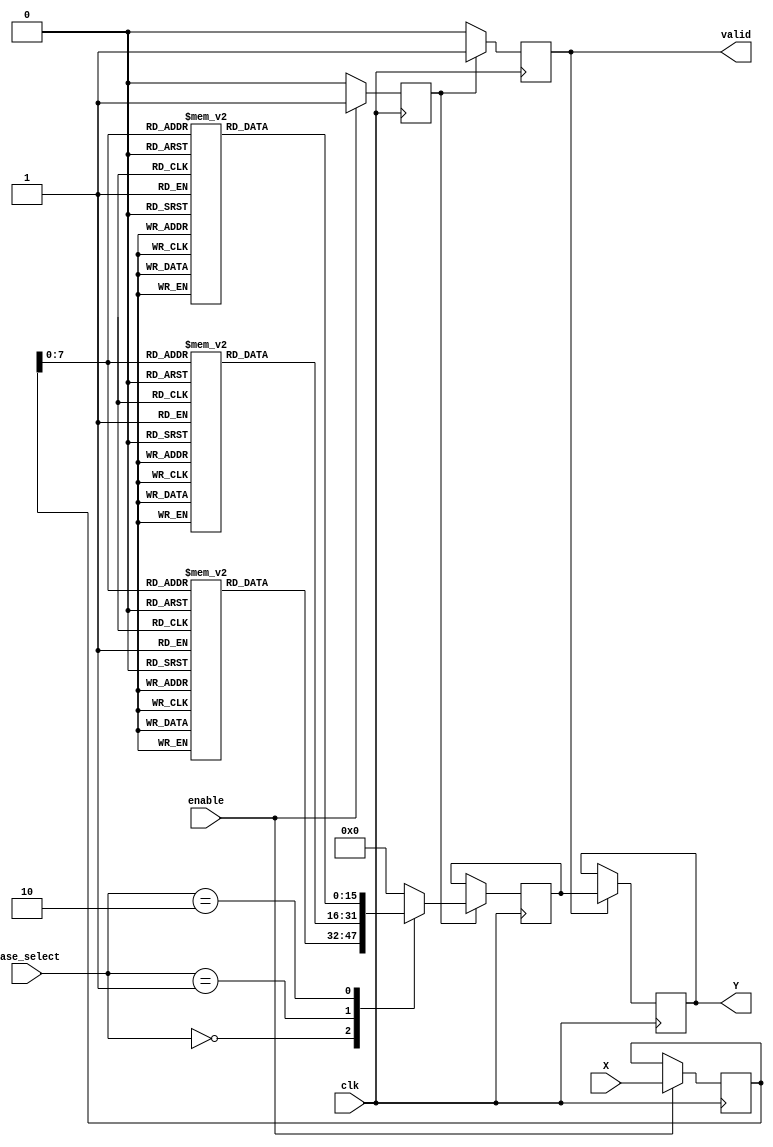
module LogarithmFunctionGenerator (
    input wire clk,
    input wire enable,
    input wire [1:0] base_select, // 00: base 2, 01: base 10, 10: natural log
    input wire [15:0] X, // Input value (fixed-point representation)
    output reg [15:0] Y, // Logarithm result (fixed-point representation)
    output reg valid // Signal indicating result is valid
);

    // Internal signals
    reg [15:0] log_result;
    reg [15:0] temp_input;
    reg enable_reg;
    
    // Lookup table for logarithm values (this is a simplified example)
    reg [15:0] log2_lut [0:255]; // Lookup table for log base 2
    reg [15:0] log10_lut [0:255]; // Lookup table for log base 10
    reg [15:0] ln_lut [0:255]; // Lookup table for natural logarithm

    // Initializing lookup table values (example values, should be filled with actual logarithm values)
    initial begin
        // Fill the LUT with appropriate logarithm values
        // Example values; you should replace these with actual logarithm values for your application
        // log2_lut[0] = 0; log2_lut[1] = 0; log2_lut[2] = 1; log2_lut[3] = 2; ...
        // log10_lut[0] = 0; log10_lut[1] = 0; log10_lut[2] = 0.3010; ...
        // ln_lut[0] = 0; ln_lut[1] = 0; ln_lut[2] = 0.693; ...
    end

    // Control Logic
    always @(posedge clk) begin
        if (enable) begin
            enable_reg <= 1'b1;
            temp_input <= X; // Capture input value
        end else begin
            enable_reg <= 1'b0;
        end
    end

    // Logarithm Calculation Block
    always @(posedge clk) begin
        if (enable_reg) begin
            case (base_select)
                2'b00: log_result <= log2_lut[temp_input[7:0]]; // Base 2
                2'b01: log_result <= log10_lut[temp_input[7:0]]; // Base 10
                2'b10: log_result <= ln_lut[temp_input[7:0]]; // Natural logarithm
                default: log_result <= 16'b0; // Default case
            endcase
            valid <= 1'b1; // Set valid signal
        end else begin
            valid <= 1'b0; // Reset valid signal
        end
    end

    // Output Formatting Block
    always @(posedge clk) begin
        if (valid) begin
            Y <= log_result; // Output the result
        end
    end

endmodule